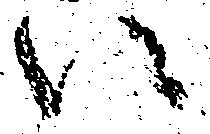
い